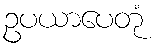
ဥပယာပေတုံ